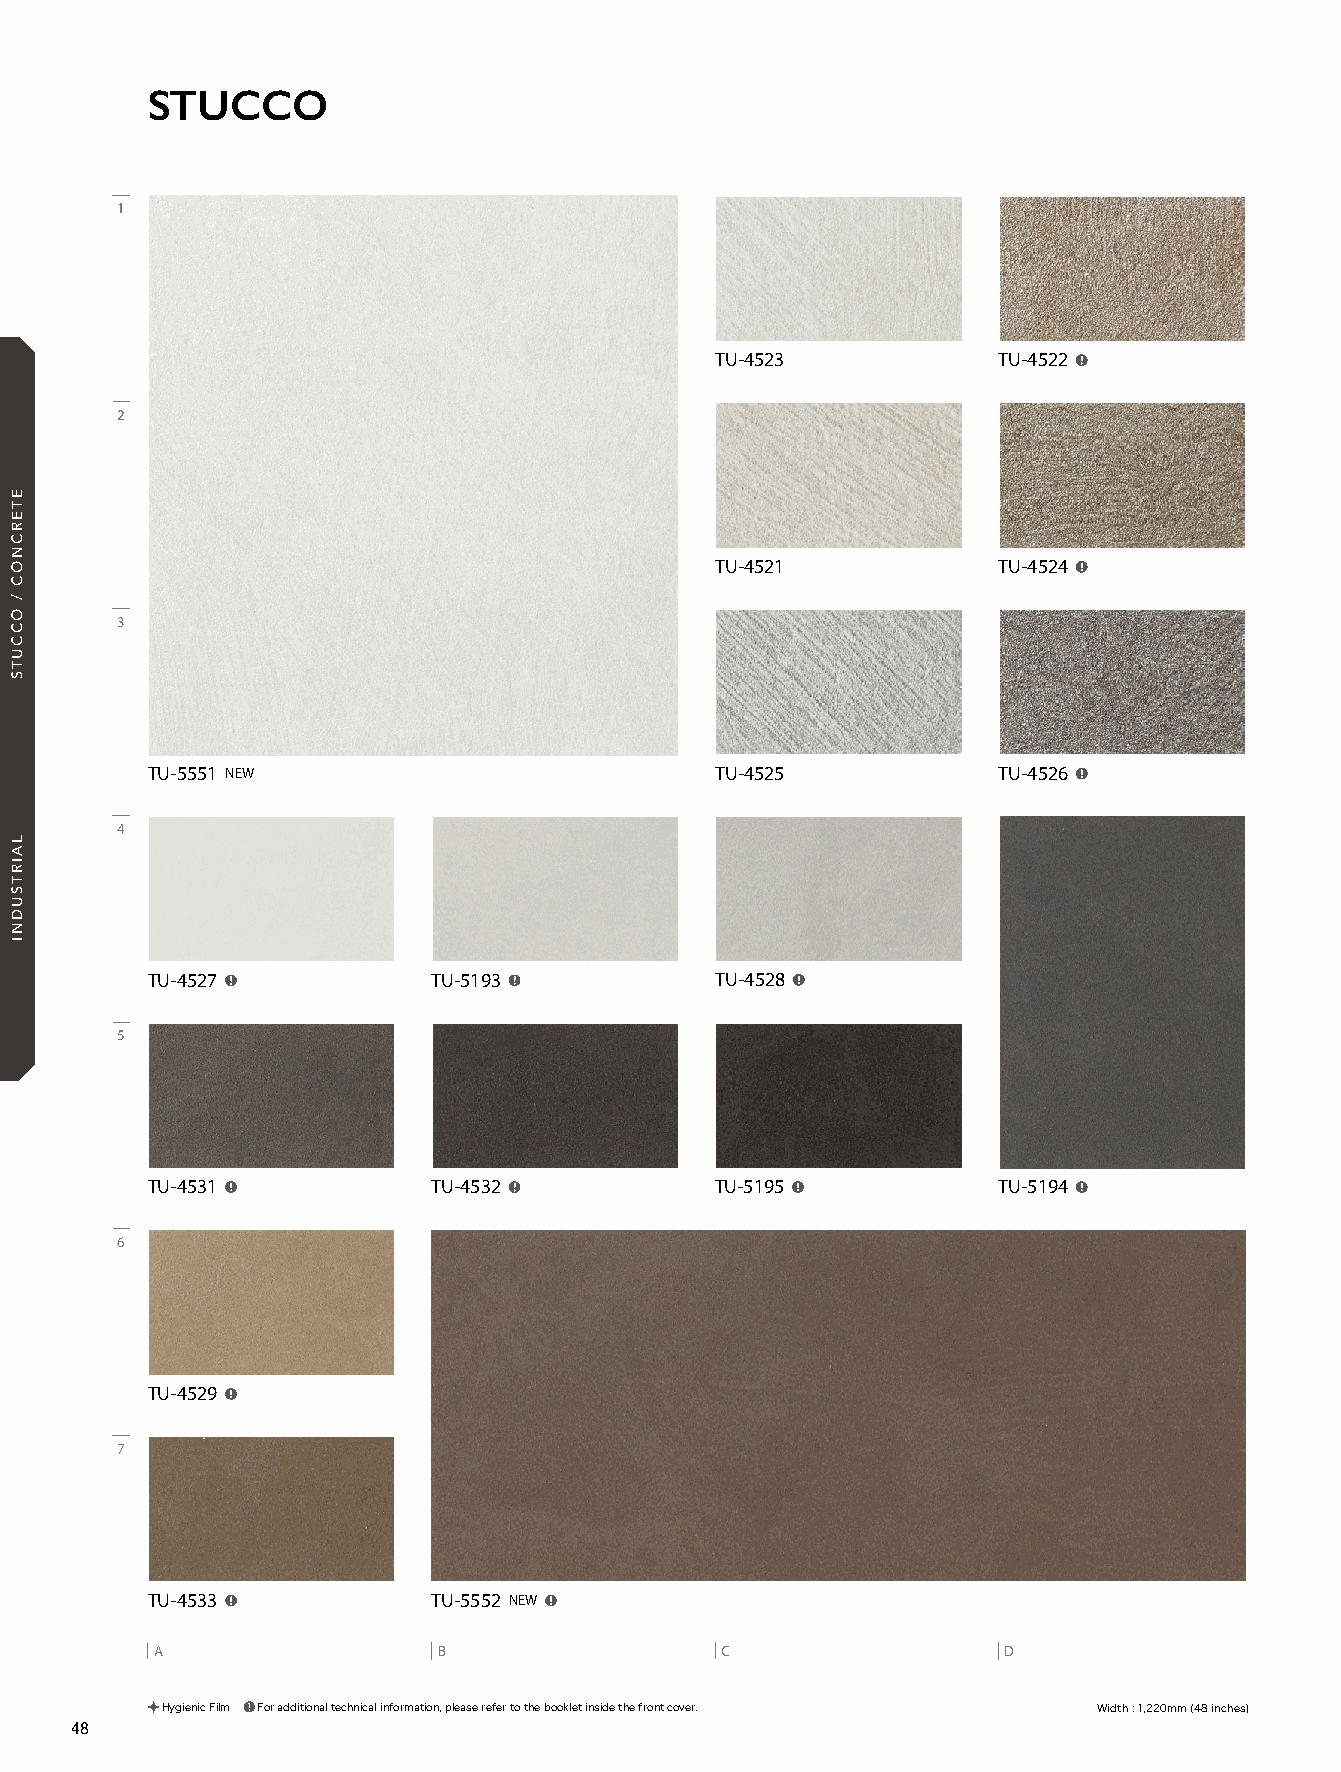
21_REATEC_vol11_P48_C1_KOROSEAL 21/11/16out 🅲🅼🆈🅺
 STUCCO
 1
 TU-4523            TU-4522
 2
 TU-4521            TU-4524
 3
 TU-5551 NEW                          TU-4525            TU-4526
 4
 TU-4527            TU-5193           TU-4528
 5
 TU-4531            TU-4532           TU-5195            TU-5194
 6
 TU-4529
 7
 TU-4533            TU-5552 NEW
 A                  B                  C                 D
 Hygienic Film For additional technical information, please refer to the booklet inside the front cover. Width : 1,220mm (48 inches)
 48
 ETERCNOC
 /
 OCCUTS
 LAIRTSUDNI